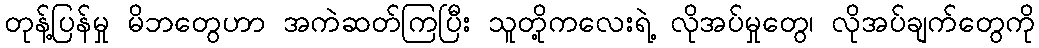
တုန့်ပြန်မှု မိဘတွေဟာ အကဲဆတ်ကြပြီး သူတို့ကလေးရဲ့ လိုအပ်မှုတွေ၊ လိုအပ်ချက်တွေကို